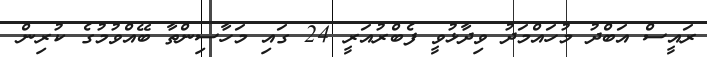
ރައީސް އަބްދު މުހައްމަދު ވިދާޅުވީ ފެބްރުއަރީ 24 ގައި މަހާސިންތާ ބޭއްވުމުގެ ކުރިން